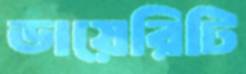
ডায়েরিটি